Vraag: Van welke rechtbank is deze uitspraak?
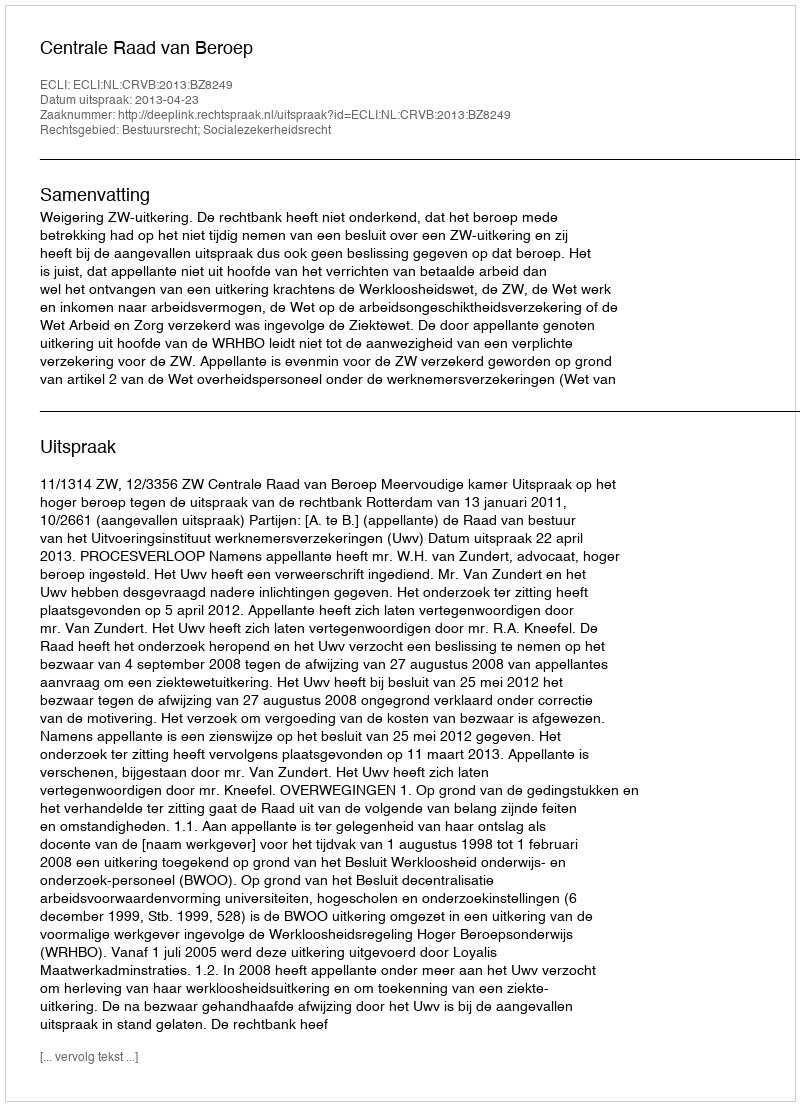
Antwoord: Centrale Raad van Beroep